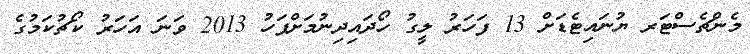
މެންޗެސްޓަރ ޔުނައިޓެޑަށް 13 ފަހަރު ލީގު ހޯދައިދިނުމަށްފަހު 2013 ވަނަ އަހަރު ކޯޗުކަމުގެ